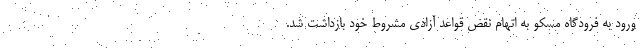
ورود به فرودگاه مسکو به اتهام نقض قواعد آزادی مشروط خود بازداشت شد.